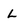
Character: L